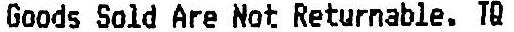
GOODS SOLD ARE NOT RETURNABLE. TQ